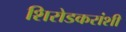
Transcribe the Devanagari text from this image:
शिरोडकरांशी